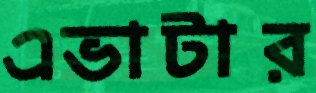
এভাটার